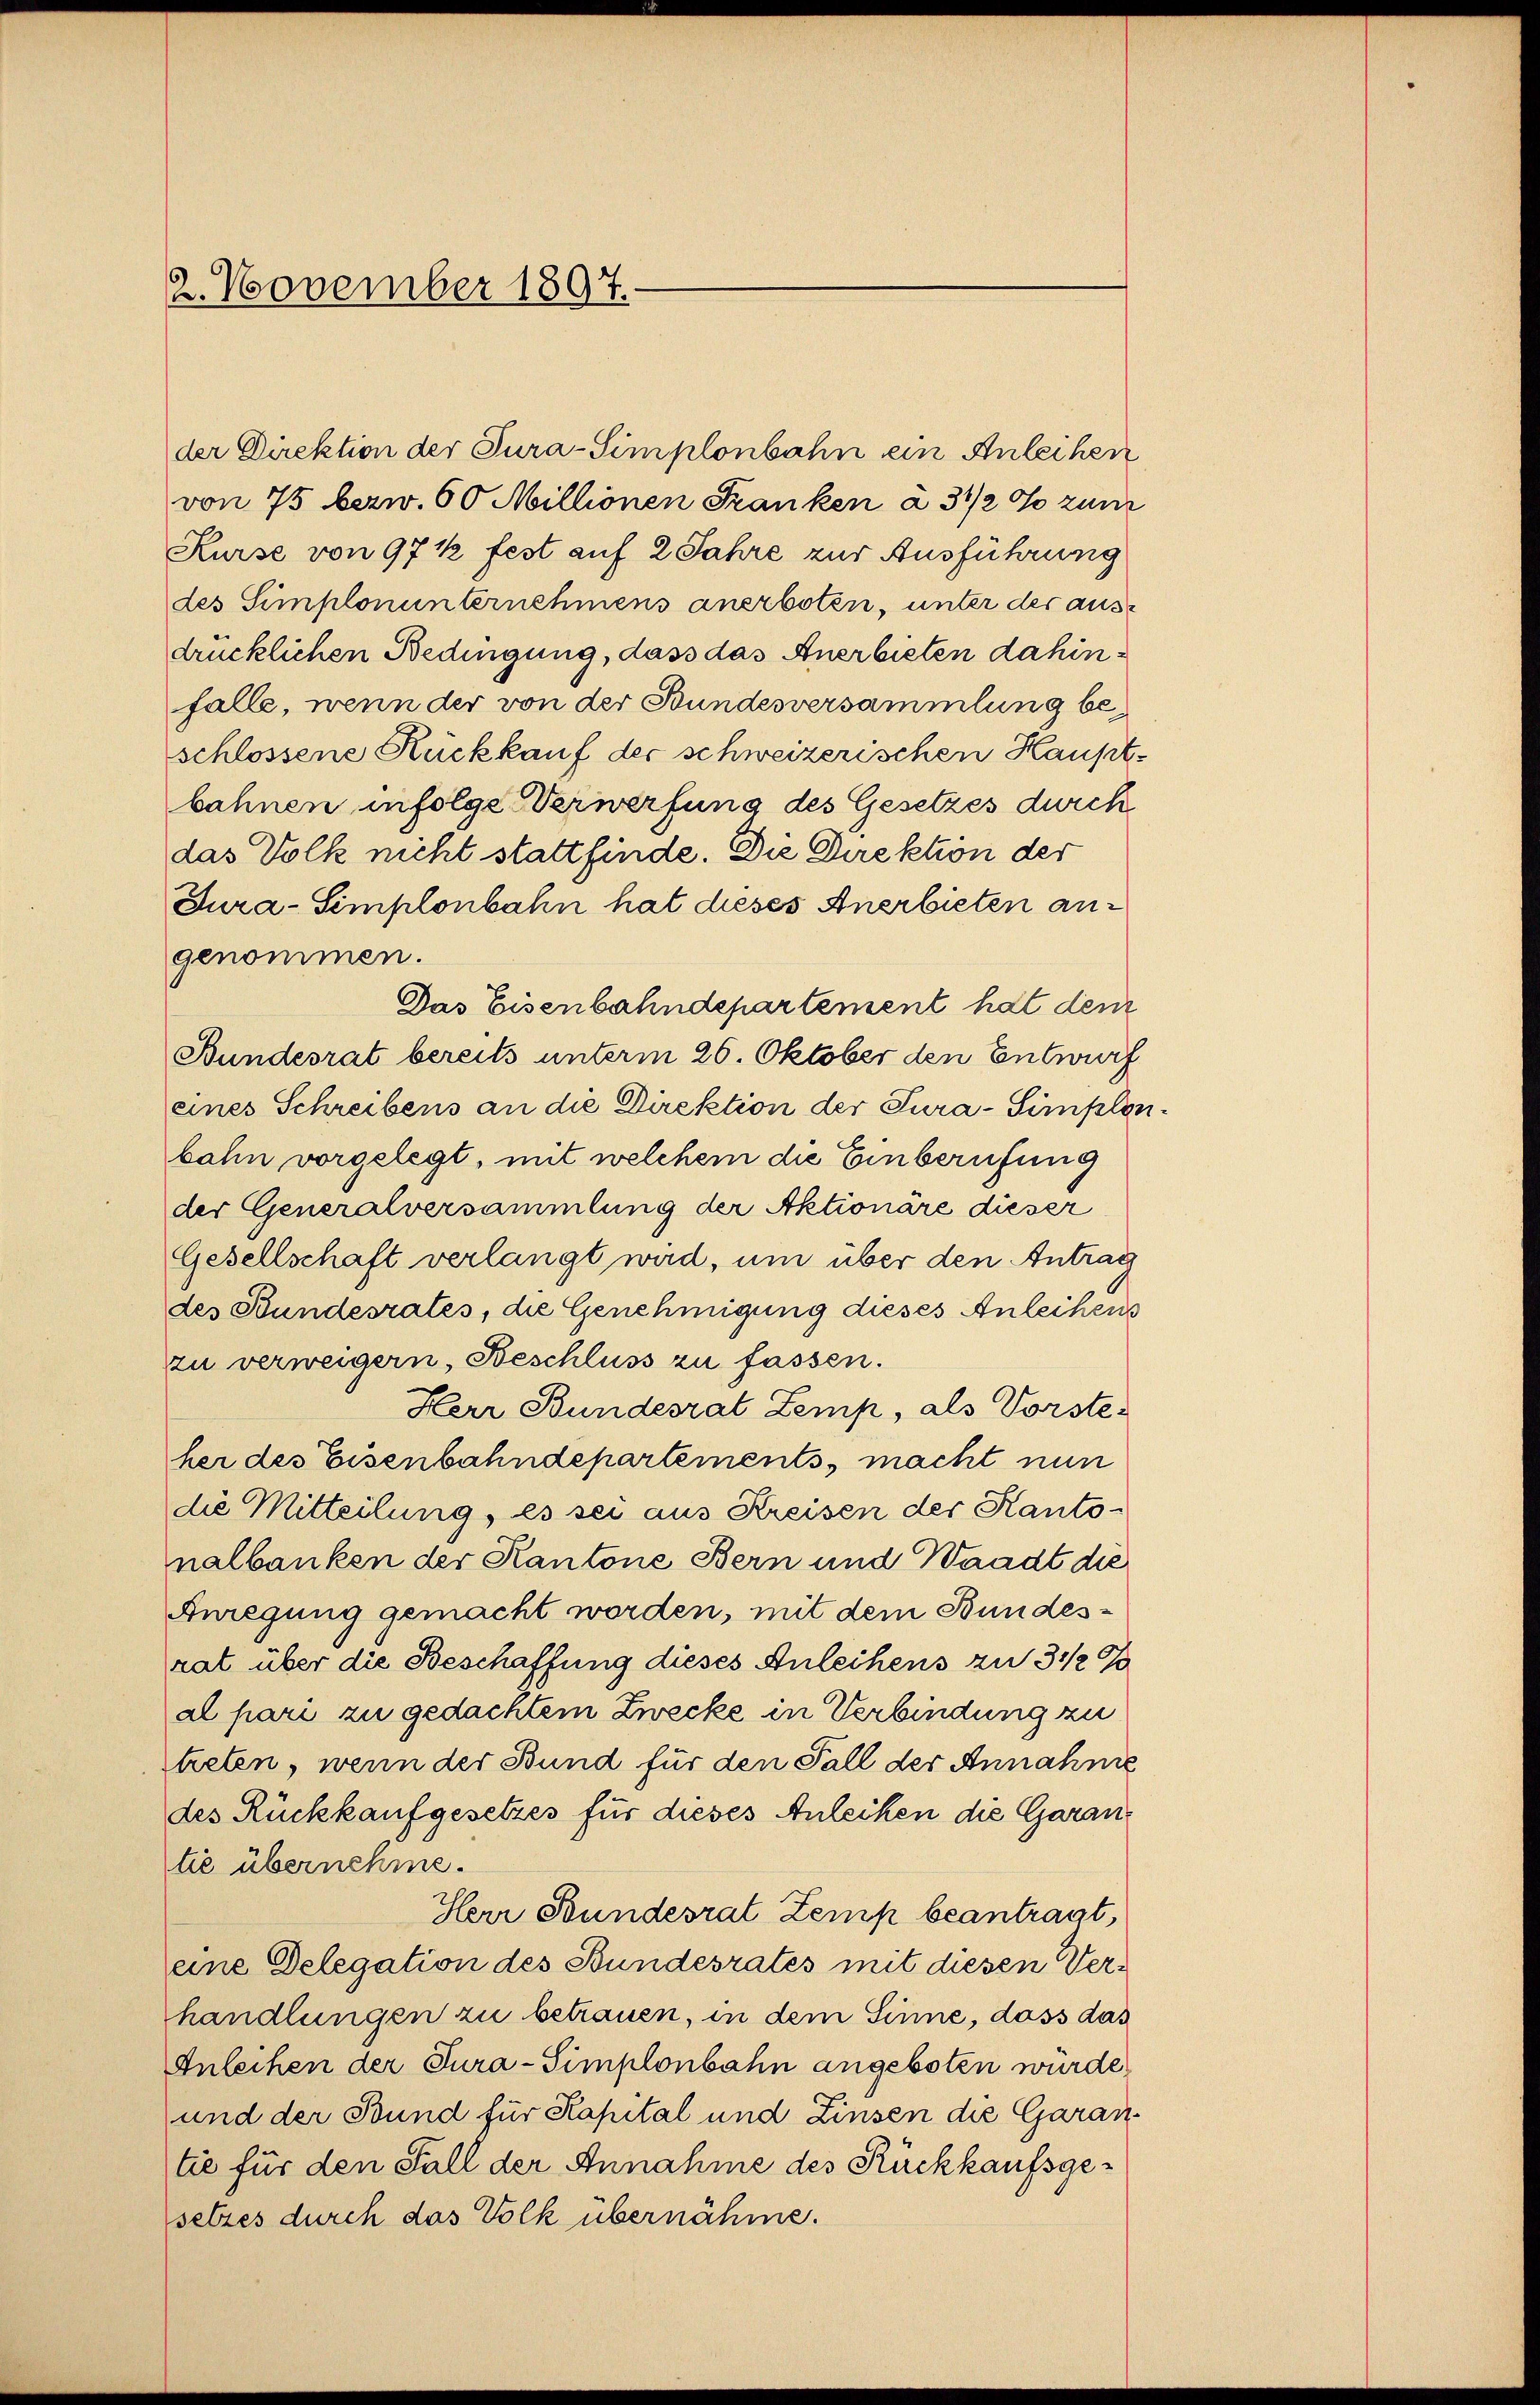
2. November 1897.

Kurse von 97 ½ fest auf 2 Jahre zur Ausführung
des Simplonunternehmens anerboten, unter der ausdrücklichen Bedingung, dass das Anerbieten dahinfalle, wenn der von der Bundesversammlung beschlossene Rückkauf der schweizerischen Hauptbahnen infolge Verwerfung des Gesetzes durch
das Volk nicht stattfinde. Die Direktion der
Jura-Simplonbahn hat dieses Anerbieten angenommen.
Das Eisenbahndepartement hat dem
Bundesrat bereits unterm 26. Oktober den Entwurf
eines Schreibens an die Direktion der Tura-Simplonbahn vorgelegt, mit welchem die Einberufung
der Generalversammlung der Aktionäre dieser
Gesellschaft verlangt wird, um über den Antrag
des Bundesrates, die Genehmigung dieses Anleihens
zu verweigern, Beschluss zu fassen.
Herr Bundesrat Zemp, als Vorste-
her des Eisenbahndepartements, macht nun
die Mitteilung, es sei aus Kreisen der Kanto-
nalbanken der Kantone Bern und Waadt die
Anregung gemacht worden, mit dem Bundesrat über die Beschaffung dieses Anleihens zu 3 1/2%
al pari zu gedachtem Zwecke in Verbindung zu
treten, wenn der Bund für den Fall der Annahme
des Rückkaufgesetzes für dieses Anleihen die Garantie übernehme.
Herr Bundesrat Zemp beantragt,
eine Delegation des Bundesrates mit diesen Verhandlungen zu betrauen, in dem Sinne, dass das
Anleihen der Tura-Simplonbahn angeboten wurde,
und der Bund für Kapital und Zinsen die Garantie für den Fall der Annahme des Rückkaufsgesetzes durch das Volk übernähme.

der Direktion der Tura-Simplonbahn ein Anleihen
von 75 bezw. 60 Millionen Franken à 3 1/2 % zum